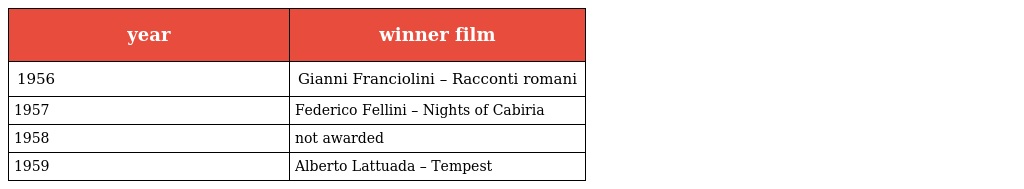
| year | winner film |
 | --- | --- |
 | 1956 | Gianni Franciolini – Racconti romani |
 | 1957 | Federico Fellini – Nights of Cabiria |
 | 1958 | not awarded |
 | 1959 | Alberto Lattuada – Tempest |